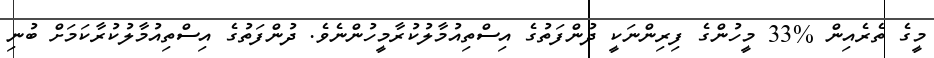
މީގެ ތެރެއިން %33 މީހުންގެ ފިރިންނަކީ ދުންފަތުގެ އިސްތިއުމާލުކުރާމީހުންނެވެ. ދުންފަތުގެ އިސްތިއުމާލުކުރާކަމަށް ބުނި